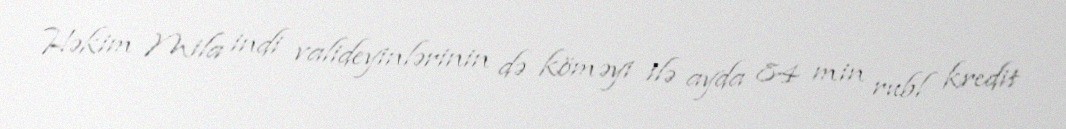
Həkim Mila indi valideyinlərinin də köməyi ilə ayda 84 min rubl kredit